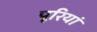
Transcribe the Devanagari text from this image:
पूरियां